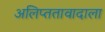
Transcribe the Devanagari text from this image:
अलिप्ततावादाला